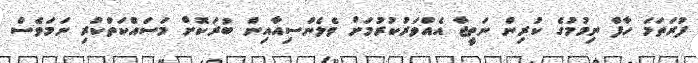
ފުރަތަމަ ހާފް ނިމުމުގެ ކުރިން ނަތީޖާ އެއްވަރުކުރުމަށް ވެލެންސިއާއިން ބުރަކޮށް މަސައްކަތްކުރި ނަމަވެސް